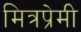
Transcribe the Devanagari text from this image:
मित्रप्रेमी